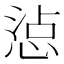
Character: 惉